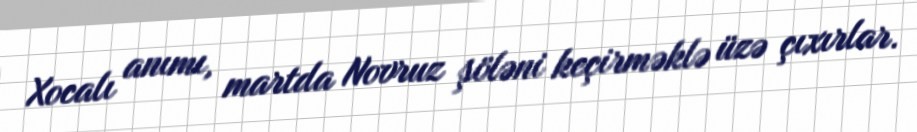
Xocalı anımı, martda Novruz şöləni keçirməklə üzə çıxırlar.